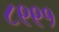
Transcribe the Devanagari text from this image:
८९९१